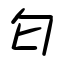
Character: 匂